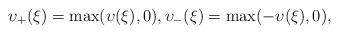
LaTeX: \begin{align*} \upsilon _ + ( \xi ) = \max ( \upsilon ( \xi ) , 0 ) , \upsilon _ - ( \xi ) = \max ( - \upsilon ( \xi ) , 0 ) ,\end{align*}